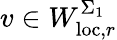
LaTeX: v\in W_{\mathrm{loc},r}^{\Sigma_{1}}